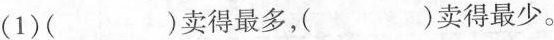
(1) ( )卖得最多，( )卖得最少。